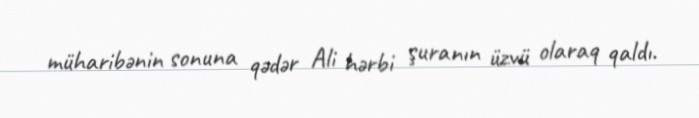
müharibənin sonuna qədər Ali hərbi şuranın üzvü olaraq qaldı.